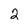
Character: 2